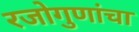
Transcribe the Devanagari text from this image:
रजोगुणांचा